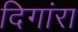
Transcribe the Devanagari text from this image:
दिगांरा